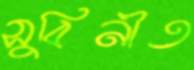
সুবিনীত